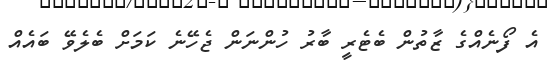
އެ ފޯނެއްގެ ޒާތުން ބެޓެރީ ބާރު ހުންނަން ޖެހޭނެ ކަމަށް ބެލެވޭ ބައެއް